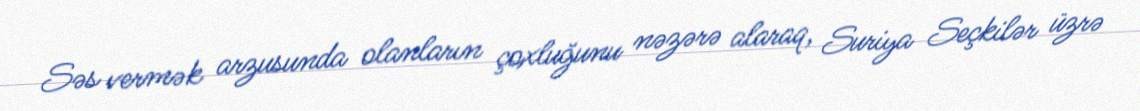
Səs vermək arzusunda olanların çoxluğunu nəzərə alaraq, Suriya Seçkilər üzrə